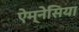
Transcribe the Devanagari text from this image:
ऐम्नेसिया